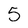
Character: 5